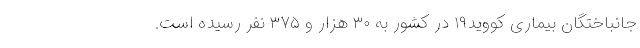
جانباختگان بیماری کووید۱۹ در کشور به ۳۰ هزار و ۳۷۵ نفر رسیده است.